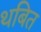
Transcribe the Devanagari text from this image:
थबित